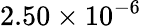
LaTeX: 2.50\times 10^{-6}